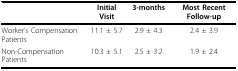
|  | Initial Visit | 3-months | Most Recent Follow-up |
 | --- | --- | --- | --- |
 | Worker's Compensation Patients | 11.1 ± 5.7 | 2.9 ± 4.3 | 2.4 ± 3.9 |
 | Non-Compensation Patients | 10.3 ± 5.1 | 2.5 ± 3.2 | 1.9 ± 2.4 |